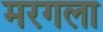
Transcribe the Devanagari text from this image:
मरगला